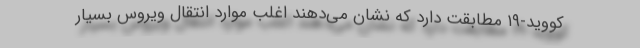
کووید-۱۹ مطابقت دارد که نشان می‌دهند اغلب موارد انتقال ویروس بسیار